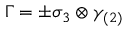
\Gamma = \pm \sigma _ { 3 } \otimes \gamma _ { ( 2 ) }